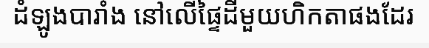
ដំឡូងបារាំង នៅលើផ្ទៃដីមួយហិកតាផងដែរ